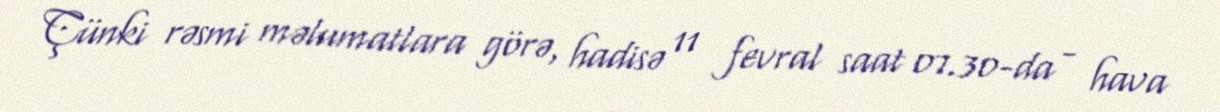
Çünki rəsmi məlumatlara görə, hadisə 11 fevral saat 07.30-da - hava